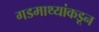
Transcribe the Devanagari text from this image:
गडमाथ्यांकडून